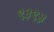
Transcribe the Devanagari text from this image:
९३९३